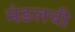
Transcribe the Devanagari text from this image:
मंडलची